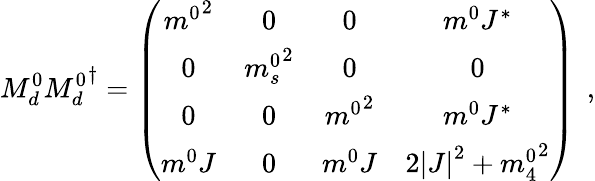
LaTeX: M_{d}^{0}{M_{d}^{0}}^{\dagger}=\left(\begin{array}{cccc}{{{m^{0}}^{2}}}&{{0}}&{{0}}&{{m^{0}J^{\ast}}}\\ {{0}}&{{{m_{s}^{0}}^{2}}}&{{0}}&{{0}}\\ {{0}}&{{0}}&{{{m^{0}}^{2}}}&{{m^{0}J^{\ast}}}\\ {{m^{0}J}}&{{0}}&{{m^{0}J}}&{{2\left|J\right|^{2}+{m_{4}^{0}}^{2}}}\end{array}\right)\: \: ,